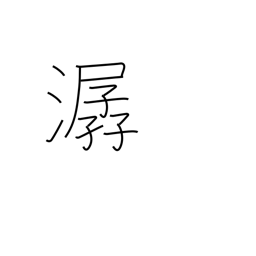
Meaning: sound of flowing water